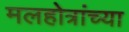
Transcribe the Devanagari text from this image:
मलहोत्रांच्या